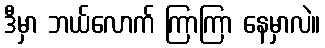
ဒီမှာ ဘယ်လောက် ကြာကြာ နေမှာလဲ။